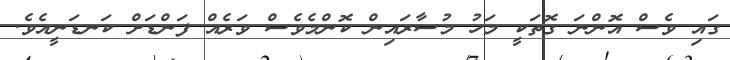
ގައި ވެސް އޮންނަ ގޮތަކީ މަހު މުސާރައިން ކޮންމެވެސް ވަރެއް ފަންޑަށް ކަނޑަނީއެވެ.